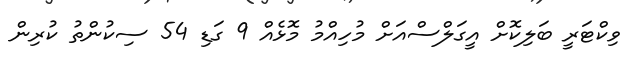
ވިކްޓަރީ ބަލިކޮށް އީގަލްސްއަށް މުހިއްމު މޮޅެއް 9 ގަޑި 54 ސިކުންތު ކުރިން